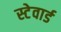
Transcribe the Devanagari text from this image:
स्टेवार्ड